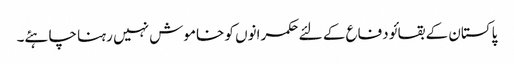
پاکستان کے بقا ئو دفاع کے لئے حکمرانوں کو خاموش نہیں رہنا چاہئے۔